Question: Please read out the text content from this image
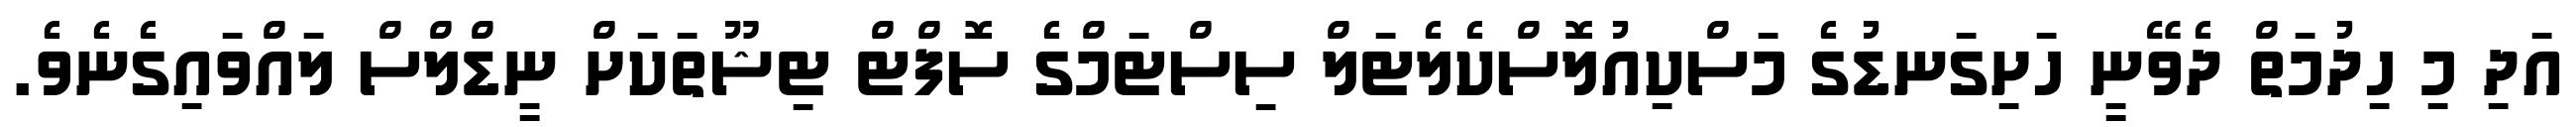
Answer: އަދި މި ހިދުމަތް ދެވޭނީ ހަށިގަނޑުގެ މަސްކިއުލޮސްކެލެޓަލް ސިސްޓަމްގެ ސޮފްޓް ޓިޝޫތަކަށް ނީޑްލްސް ލައްވައިގެނެވެ.